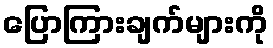
ပြောကြားချက်များကို